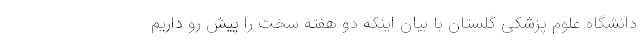
دانشگاه علوم پزشکی گلستان با بیان اینکه دو هفته سخت را پیش‌ رو داریم